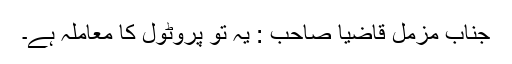
جناب مزمل قاضیا صاحب : یہ تو پروٹول کا معاملہ ہے۔